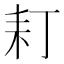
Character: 耓